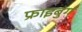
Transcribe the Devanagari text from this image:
फ्राइबुर्ग